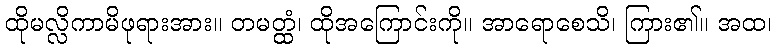
ထိုမလ္လိကာမိဖုရားအား။ တမတ္ထံ၊ ထိုအကြောင်းကို။ အာရောစေသိ၊ ကြား၏။ အထ၊